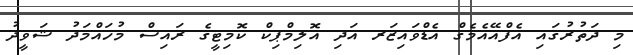
މި ދަތުރުގައި އެފްއޭއެމެގް އެޑްވައިޒަރ އަދި އޮލިމްޕިކް ކޮމިޓީގެ ރައިސް މުހައްމަދު ޝަވީދު